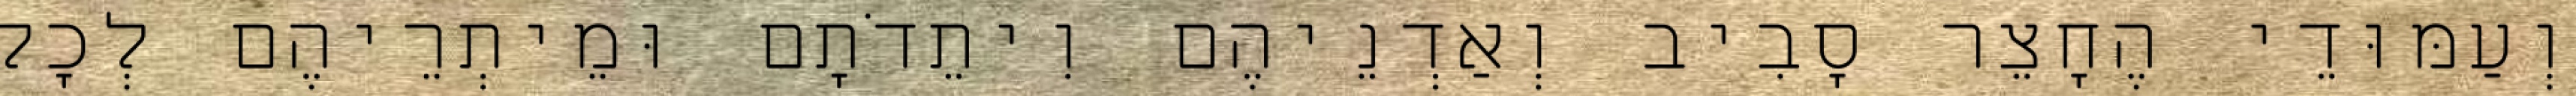
וְעַמּוּדֵי הֶחָצֵר סָבִיב וְאַדְנֵיהֶם וִיתֵדֹתָם וּמֵיתְרֵיהֶם לְכָל